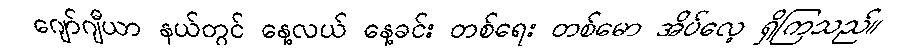
ဂျော်ဂျီယာ နယ်တွင် နေ့လယ် နေ့ခင်း တစ်ရေး တစ်မော အိပ်လေ့ ရှိကြသည်။